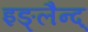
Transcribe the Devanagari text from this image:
इङ्लैन्द्